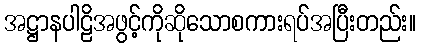
အဋ္ဌာနပါဠိအဖွင့်ကိုဆိုသောစကားရပ်အပြီးတည်း။